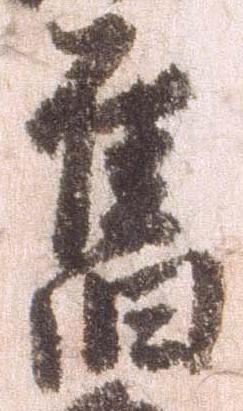
旧